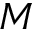
M